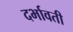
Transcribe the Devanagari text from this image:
दर्भावती